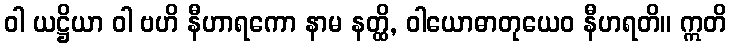
ဝါ ယဋ္ဌိယာ ဝါ ဗဟိ နီဟာရကော နာမ နတ္ထိ, ဝါယောဓာတုယေဝ နီဟရတိ။ ဣတိ